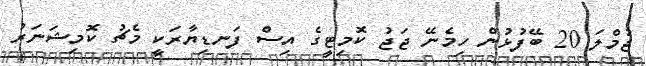
ޖުމްލަ 20 ބޭފުޅުން ހިމެނޭ ޖަޖު ކޮމިޓީގެ އިސް ފަނޑިޔާރަކީ މެޗު ކޮމިޝަނަރު